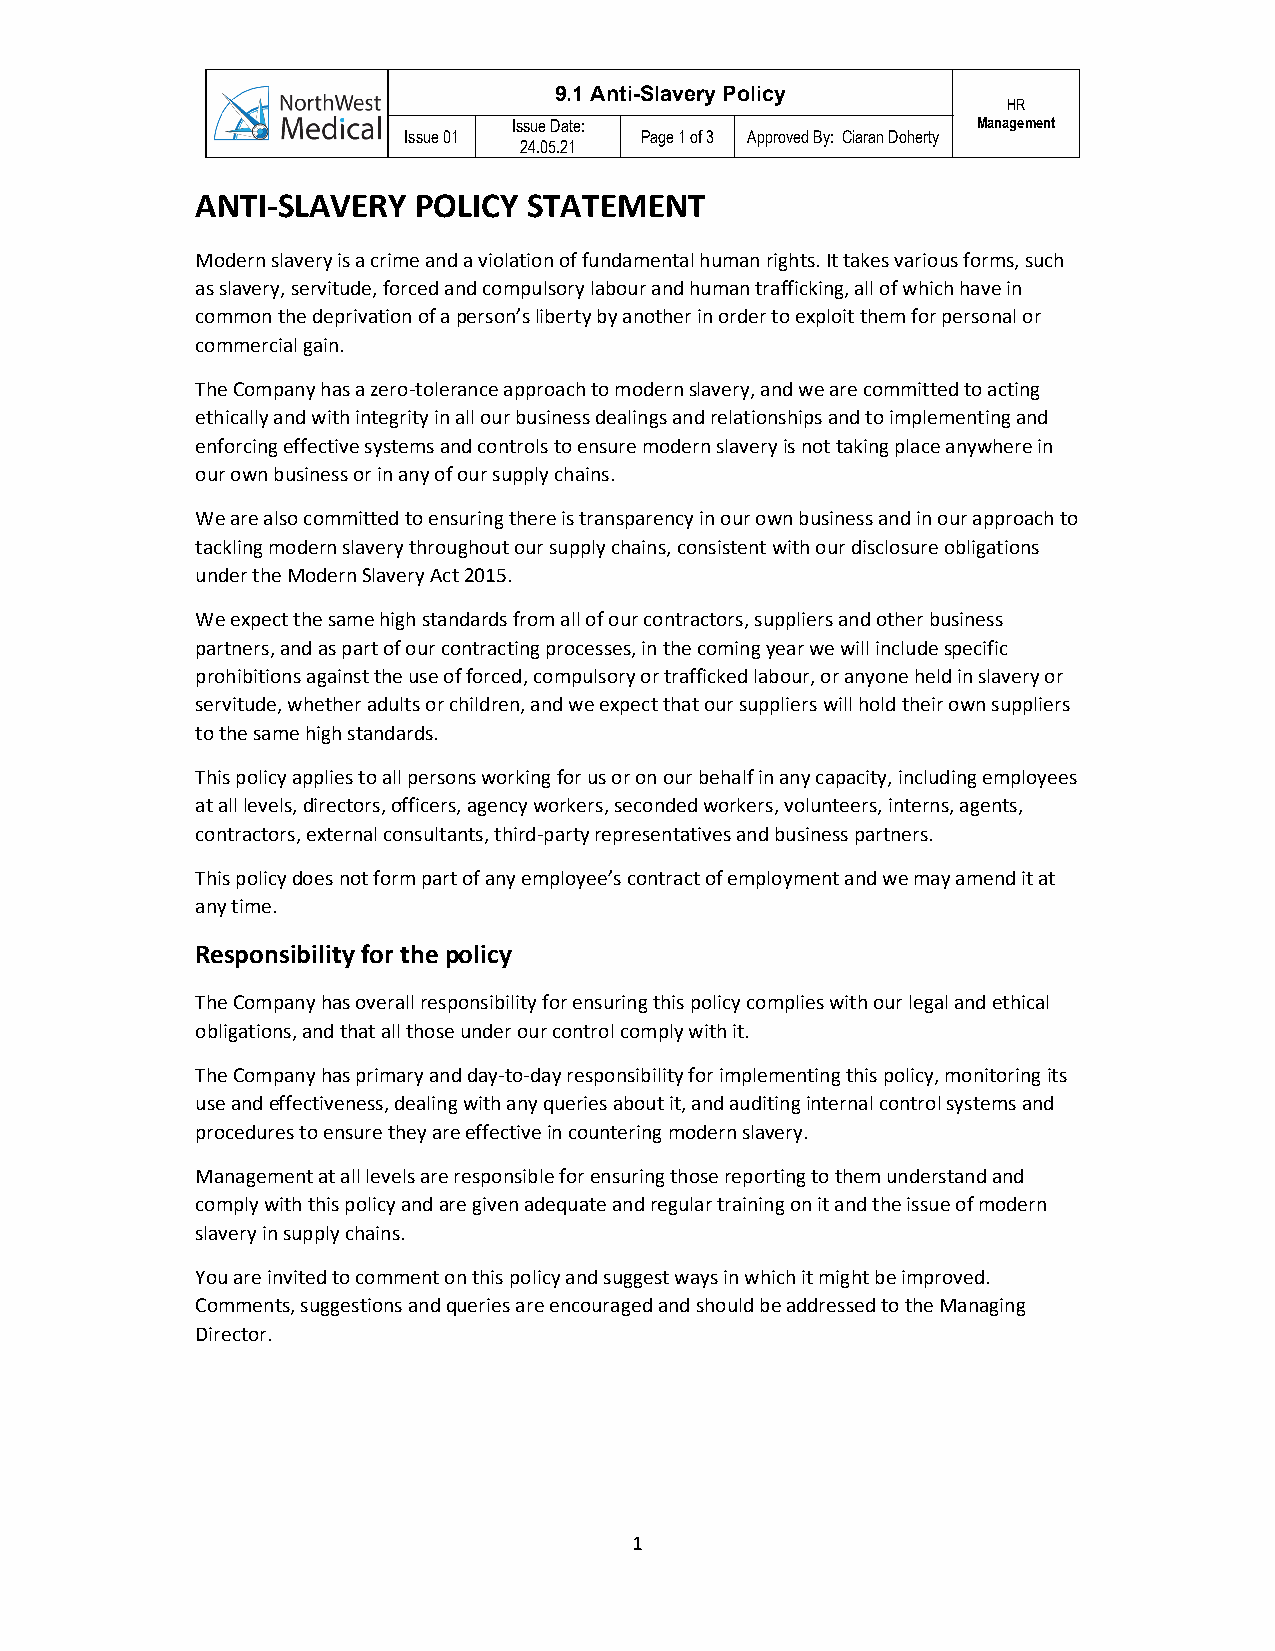
9.1 Anti-Slavery Policy
 HR
 Issue Date:                    Management
 Issue 01       Page 1 of 3 Approved By: Ciaran Doherty
 24.05.21
 ANTI‐SLAVERY  POLICY  STATEMENT
 Modern slavery is a crime and a violation of fundamental human rights. It takes various forms, such
 as slavery, servitude, forced and compulsory labour and human trafficking, all of which have in
 common the deprivation of a person’s liberty by another in order to exploit them for personal or
 commercial gain.
 The Company has a zero‐tolerance approach to modern slavery, and we are committed to acting
 ethically and with integrity in all our business dealings and relationships and to implementing and
 enforcing effective systems and controls to ensure modern slavery is not taking place anywhere in
 our own business or in any of our supply chains.
 We are also committed to ensuring there is transparency in our own business and in our approach to
 tackling modern slavery throughout our supply chains, consistent with our disclosure obligations
 under the Modern Slavery Act 2015.
 We expect the same high standards from all of our contractors, suppliers and other business
 partners, and as part of our contracting processes, in the coming year we will include specific
 prohibitions against the use of forced, compulsory or trafficked labour, or anyone held in slavery or
 servitude, whether adults or children, and we expect that our suppliers will hold their own suppliers
 to the same high standards.
 This policy applies to all persons working for us or on our behalf in any capacity, including employees
 at all levels, directors, officers, agency workers, seconded workers, volunteers, interns, agents,
 contractors, external consultants, third‐party representatives and business partners.
 This policy does not form part of any employee’s contract of employment and we may amend it at
 any time.
 Responsibility for the policy
 The Company has overall responsibility for ensuring this policy complies with our legal and ethical
 obligations, and that all those under our control comply with it.
 The Company has primary and day‐to‐day responsibility for implementing this policy, monitoring its
 use and effectiveness, dealing with any queries about it, and auditing internal control systems and
 procedures to ensure they are effective in countering modern slavery.
 Management at all levels are responsible for ensuring those reporting to them understand and
 comply with this policy and are given adequate and regular training on it and the issue of modern
 slavery in supply chains.
 You are invited to comment on this policy and suggest ways in which it might be improved.
 Comments, suggestions and queries are encouraged and should be addressed to the Managing
 Director.
 1